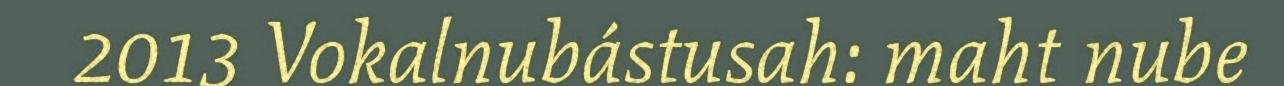
2013 Vokalnubástusah: maht nube